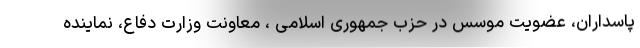
پاسداران، عضویت موسس در حزب جمهوری اسلامی ، معاونت وزارت دفاع، نماینده